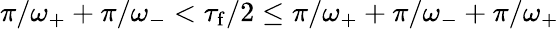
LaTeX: \pi/\omega_{+}+\pi/\omega_{-}<\tau_{\mathrm{f}}/2\leq\pi/\omega_{+}+\pi/\omega_{-}+\pi/\omega_{+}